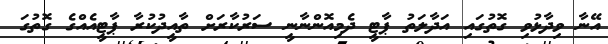
އޭނާ ވިދާޅުވި ގޮތުގައި އަދާލަތު ޕާޓީ ދެމިއޮންނާނީ ސަރުކާރަށް ތާއީދުކުރާ ޕާޓީއެއްގެ ގޮތުގަ